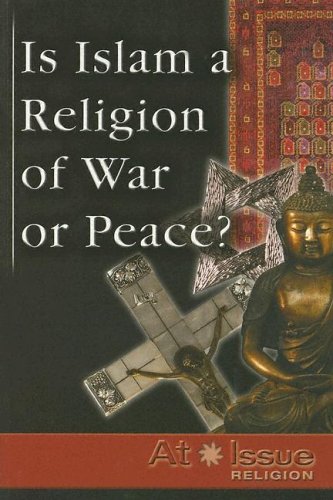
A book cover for Is Islam A Religion of War or Peace ? (At Issue); Jann Einfeld; Teen & Young Adult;